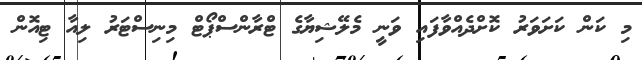
މި ކަން ކަށަވަރު ކޮށްދެއްވާފައި ވަނީ މެލޭޝިޔާގެ ޓްރާންސްޕޯޓް މިނިސްޓަރު ލިއާ ޓިއޮން